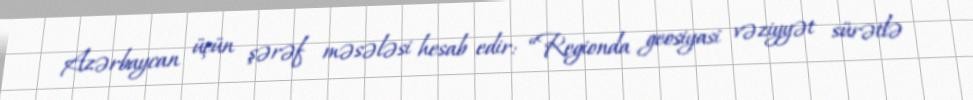
Azərbaycan üçün şərəf məsələsi hesab edir: “Regionda geosiyasi vəziyyət sürətlə